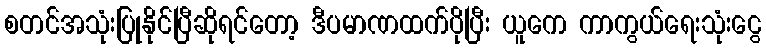
စတင်အသုံးပြုနိုင်ပြီဆိုရင်တော့ ဒီပမာဏထက်ပိုပြီး ယူကေ ကာကွယ်ရေးသုံးငွေ